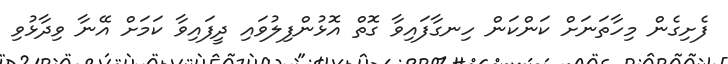
ފެށިގެން މިހާތަނަށް ކަންކަން ހިނގާފައިވާ ގޮތް އޮޅުންފިލުވައި ދީފައިވާ ކަމަށް އޭނާ ވިދާޅުވި